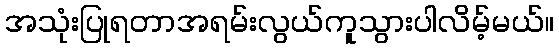
အသုံးပြုရတာအရမ်းလွယ်ကူသွားပါလိမ့်မယ်။